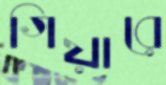
গিয়ারে